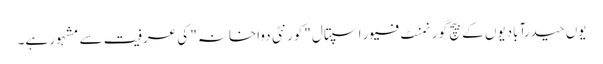
یوں حیدرآبادیوں کے بیچ گورنمنٹ فیور اسپتال "کورنٹی دواخانہ" کی عرفیت سے مشہور ہے۔